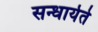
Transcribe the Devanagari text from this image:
सन्धार्यते